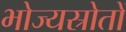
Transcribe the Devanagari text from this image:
भोज्यस्रोतों